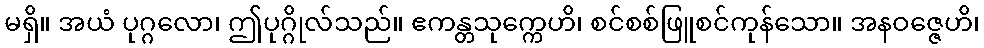
မရှိ။ အယံ ပုဂ္ဂလော၊ ဤပုဂ္ဂိုလ်သည်။ ဧကန္တသုက္ကေဟိ၊ စင်စစ်ဖြူစင်ကုန်သော။ အနဝဇ္ဇေဟိ၊